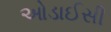
ઓડાઈસી